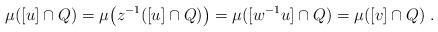
LaTeX: \begin{align*}\mu([u]\cap Q) &= \mu\big(z^{-1}([u]\cap Q)\big)= \mu([w^{-1}u]\cap Q) = \mu([v]\cap Q) \;.\end{align*}